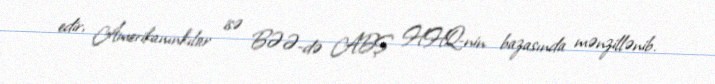
edir, Amerikanınkılar isə BƏƏ-də ABŞ HHQ-nin bazasında mənzillənib.